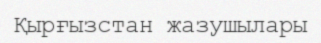
Қырғызстан жазушылары